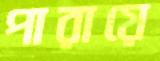
পারায়ে